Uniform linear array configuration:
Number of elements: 32
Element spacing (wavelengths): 0.5
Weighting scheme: cosine
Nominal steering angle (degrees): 15
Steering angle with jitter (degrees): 15.818
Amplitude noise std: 0.05
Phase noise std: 0.05

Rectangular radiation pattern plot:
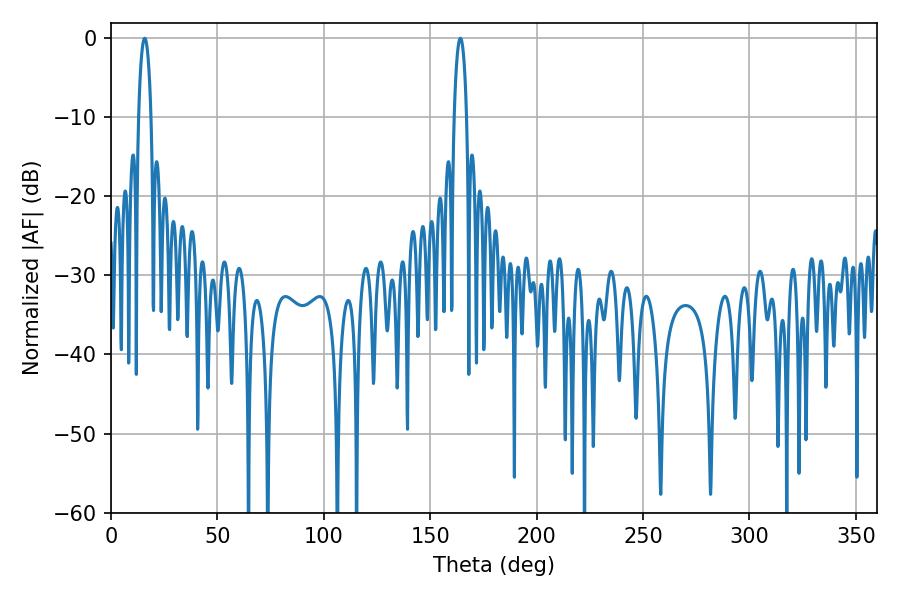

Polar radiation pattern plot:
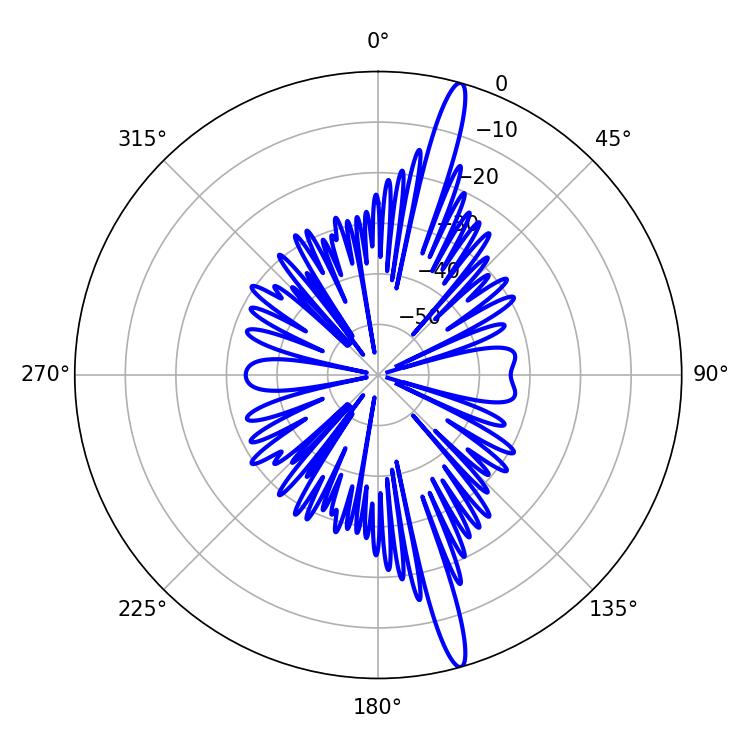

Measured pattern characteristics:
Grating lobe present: FALSE
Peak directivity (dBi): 17.498
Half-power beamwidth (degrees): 3.24
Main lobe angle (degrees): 15.84